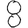
Digit: 8